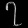
Digit: ၇